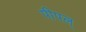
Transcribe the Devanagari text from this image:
पीपल्